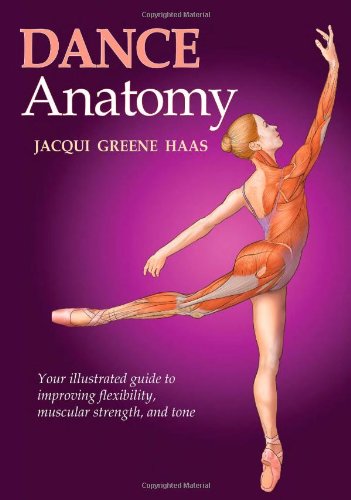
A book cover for Dance Anatomy (Sports Anatomy); Jacqui Greene Haas; Humor & Entertainment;